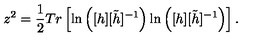
z ^ { 2 } = \frac { 1 } { 2 } T r \left[ \ln \left( [ h ] [ \tilde { h } ] ^ { - 1 } \right) \ln \left( [ h ] [ \tilde { h } ] ^ { - 1 } \right) \right] . \nonumber